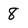
Character: 8